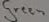
Text: Green